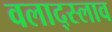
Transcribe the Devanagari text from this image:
वलाद्स्लाव